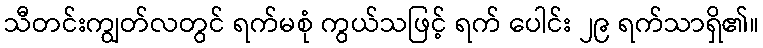
သီတင်းကျွတ်လတွင် ရက်မစုံ ကွယ်သဖြင့် ရက် ပေါင်း ၂၉ ရက်သာရှိ၏။